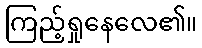
ကြည့်ရှုနေလေ၏။